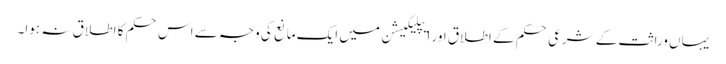
یہاں وراثت کے شرعی حکم کے اطلاق اور ایپلیکیشن میں ایک مانع کی وجہ سے اس حکم کا اطلاق نہ ہوا۔